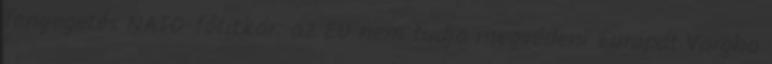
fenyegetés NATO-főtitkár: az EU nem tudja megvédeni Európát Vargha